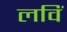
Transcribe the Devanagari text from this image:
लविं